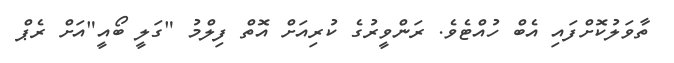
ތާވަލުކޮށްފައި އެބް ހުއްޓެވެ. ރަންވީރުގެ ކުރިއަށް އޮތް ފިލްމު "ގަލީ ބޯއީ"އަށް ރެޕް